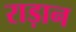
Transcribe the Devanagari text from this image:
राड़ान